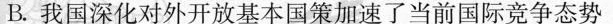
B.我国深化对外开放基本国策加速了当前国际竞争态势